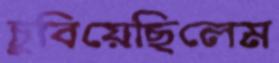
চুবিয়েছিলেম